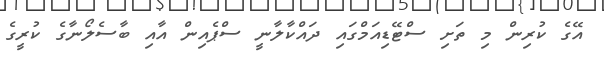
އޭގެ ކުރިން މި ތަށި ސްޓޭޑިއަމްގައި ދައްކާލާނީ ސްޕެއިން އާއި ބާސެލޯނާގެ ކުރީގެ